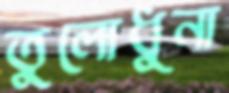
তুলোধুনা